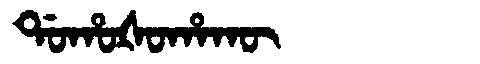
Manchu: ᡩᠣᡥᠣᡧᠣᡥᠠᡴᡡ
Romanization: DOHOŠOHAKŪ